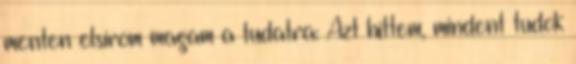
menten elsírom magam a tudatra: Azt hittem, mindent tudok